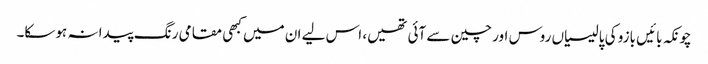
چونکہ بائیں بازو کی پالیسیاں روس اور چین سے آئی تھیں، اس لیے ان میں کبھی مقامی رنگ پیدا نہ ہوسکا۔